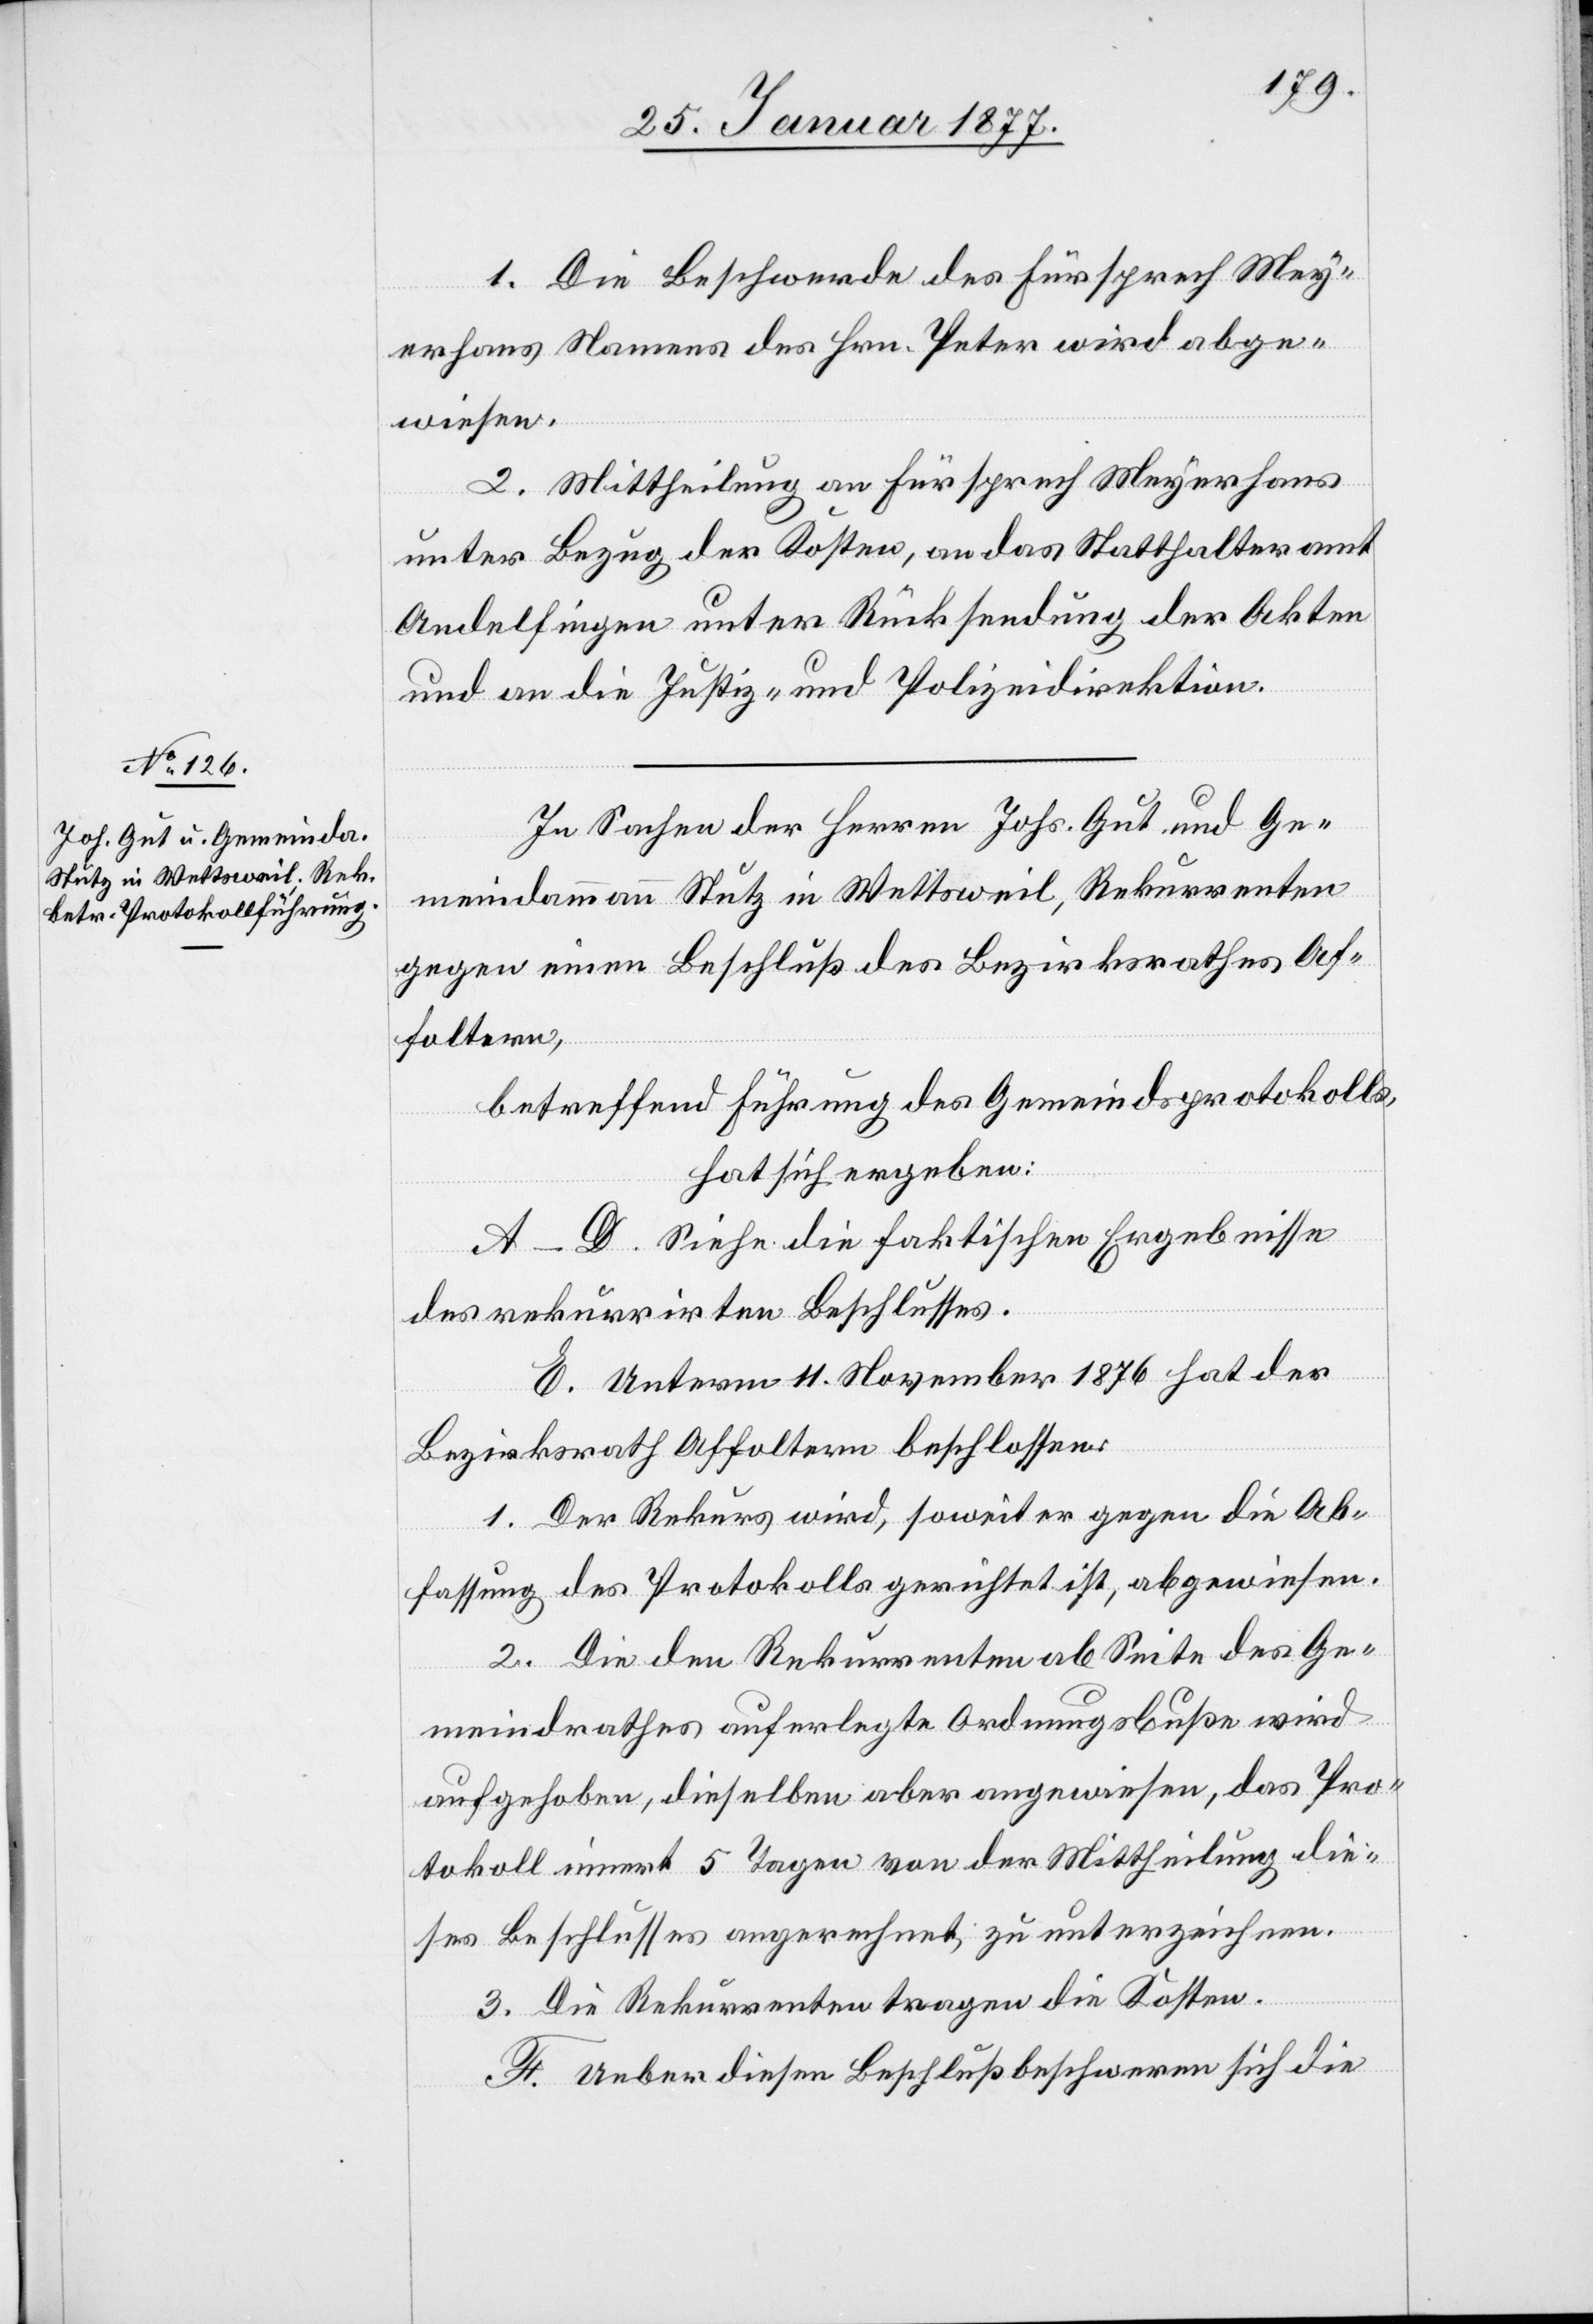
1. Die Beschwerde des Fürsprech Mey¬
erhans Namens des Hrn. Peter wird abge¬
wiesen.
2. Mittheilung an Fürsprech Meyerhans
unter Bezug der Kosten, an das Statthalteramt
Andelfingen unter Rücksendung der Akten
und an die Justiz- und Polizeidirektion.
In Sachen der Herren Johs. Gut und Ge¬
meindammann Stutz in Wettsweil, Rekurrenten
gegen einen Beschluß des Bezirksrathes Af¬
foltern,
betreffend Führung des Gemeindsprotokolls,
hat sich ergeben:
A–D. Siehe die faktischen Ergebnisse
des rekurrirten Beschlusses.
E. Unterm 11. November 1876 hat der
Bezirksrath Affoltern beschlossen:
1. Der Rekurs wird, soweit er gegen die Ab¬
fassung des Protokolls gerichtet ist, abgewiesen.
2. Die den Rekurrenten ab Seite des Ge¬
meindrathes auferlegte Ordnungsbuße wird
aufgehoben, dieselben aber angewiesen, das Pro¬
tokoll innert 5 Tagen von der Mittheilung die¬
ses Beschlusses angerechnet, zu unterzeichnen.
3. Die Rekurrenten tragen die Kosten.
F. Ueber diesen Beschluß beschweren sich die